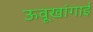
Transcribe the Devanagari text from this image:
ऊवूखांगाई